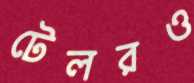
টেলরও